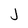
Character: j